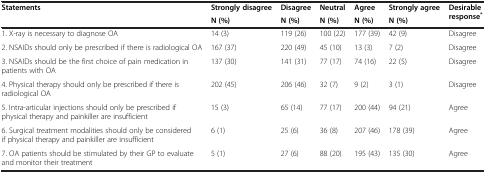
<table><thead><tr><td><b>Statements</b></td><td><b>Strongly disagree</b></td><td><b>Disagree</b></td><td><b>Neutral</b></td><td><b>Agree</b></td><td><b>Strongly agree</b></td><td><b>Desirable response<sup>*</sup></b></td></tr><tr><td><b> </b></td><td><b>N (%)</b></td><td><b>N (%)</b></td><td><b>N (%)</b></td><td><b>N (%)</b></td><td><b>N (%)</b></td><td><b> </b></td></tr></thead><tbody><tr><td>1. X-ray is necessary to diagnose OA</td><td>14 (3)</td><td>119 (26)</td><td>100 (22)</td><td>177 (39)</td><td>42 (9)</td><td>Disagree</td></tr><tr><td>2. NSAIDs should only be prescribed if there is radiological OA</td><td>167 (37)</td><td>220 (49)</td><td>45 (10)</td><td>13 (3)</td><td>7 (2)</td><td>Disagree</td></tr><tr><td>3. NSAIDs should be the first choice of pain medication in patients with OA</td><td>137 (30)</td><td>141 (31)</td><td>77 (17)</td><td>74 (16)</td><td>22 (5)</td><td>Disagree</td></tr><tr><td>4. Physical therapy should only be prescribed if there is radiological OA</td><td>202 (45)</td><td>206 (46)</td><td>32 (7)</td><td>9 (2)</td><td>3 (1)</td><td>Disagree</td></tr><tr><td>5. Intra-articular injections should only be prescribed if physical therapy and painkiller are insufficient</td><td>15 (3)</td><td>65 (14)</td><td>77 (17)</td><td>200 (44)</td><td>94 (21)</td><td>Agree</td></tr><tr><td>6. Surgical treatment modalities should only be considered if physical therapy and painkiller are insufficient</td><td>6 (1)</td><td>25 (6)</td><td>36 (8)</td><td>207 (46)</td><td>178 (39)</td><td>Agree</td></tr><tr><td>7. OA patients should be stimulated by their GP to evaluate and monitor their treatment</td><td>5 (1)</td><td>27 (6)</td><td>88 (20)</td><td>195 (43)</td><td>135 (30)</td><td>Agree</td></tr></tbody></table>